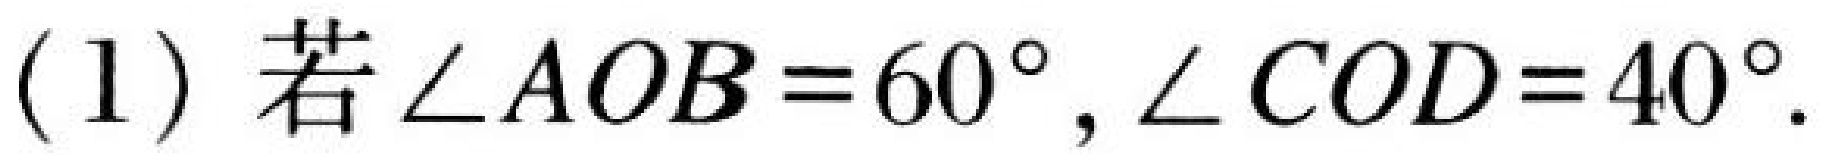
(1) 若$\angle AOB = 60^{\circ},\angle COD = 40^{\circ}$.